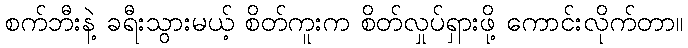
စက်ဘီးနဲ့ ခရီးသွားမယ့် စိတ်ကူးက စိတ်လှုပ်ရှားဖို့ ကောင်းလိုက်တာ။